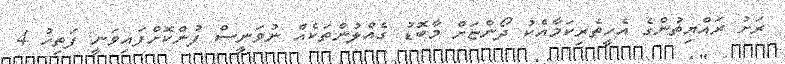
ރަށު ރައްޔިތުންގެ އެހީތެރިކަމާއެކު ދޯންޏަށް މާބޮޑު ގެއްލުންތަކެއް ނުވަނީސް ފުންކޮށްފައިވަނީ ފަތިހު 4